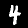
Label: 4